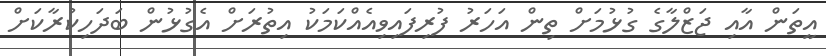
އީތަން އާއި ޖަޒްލާގެ ގުޅުމަށް ތިން އަހަރު ފުރިފައިވިއެއްކަމަކު އިތުރަށް އެގުޅުން ބަދަހިކުރާކަށް